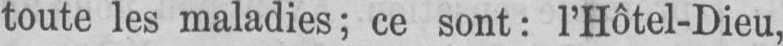
toute les maladies; ce sont: l’Hôtel-Dieu,